On the morphology, teratology, and diclinism of the flowers of cannabis - Number 12
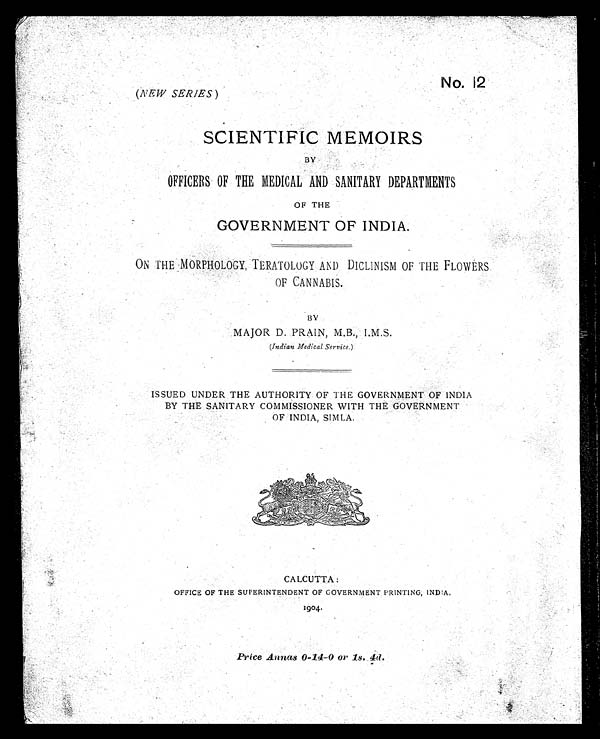
No. 12
( NEW SERIES )
SCIENTIFIC MEMOIRS
BY
OFFICERS OF THE MEDICAL AND SANITARY DEPARTMENTS
OF THE
GOVERNMENT OF INDIA.
ON THE MORPHOLOGY, TERATOLOGY AND DICLINISM OF THE FLOWERS
OF CANNABIS.
BY
MAJOR D. PRAIN, M.B., I.M.S.
(Indian Medical Service. )
ISSUED UNDER THE AUTHORITY OF THE GOVERNMENT OF INDIA
BY THE SANITARY COMMISSIONER WITH THE GOVERNMENT
OF INDIA, SIMLA.
CALCUTTA:
OFFICE OF THE SUPERINTENDENT OF GOVERNMENT PRINTING, INDIA.
1904.
Price Annas 0-14-0 or 1s. 4d.